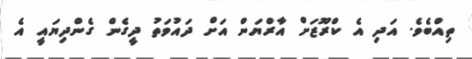
ތިއްބެވެ. އަދި އެ ކްރޫޒަށް އާރްޔަން އަށް ދައުވަތު ދީގެން ގެންދިޔައީ އެ